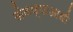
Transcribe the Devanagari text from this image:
खेळण्याआधी